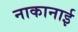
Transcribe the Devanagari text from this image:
नाकानाई